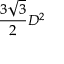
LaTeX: { \frac { 3 { \sqrt { 3 } } } { 2 } } D ^ { 2 }